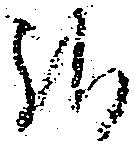
様